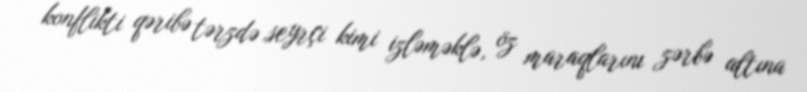
konflikti qəribə tərzdə seyrçi kimi izləməklə, öz maraqlarını zərbə altına